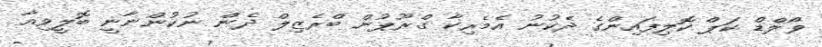
ވޯލްޑް ކަޕް ކޮލިފައިންގެ ދެކުނު އެމެރިކާ ގްރޫޕުން ބްރެޒިލް ދެން ނުކުންނާނީ ބޮލީވިއާ